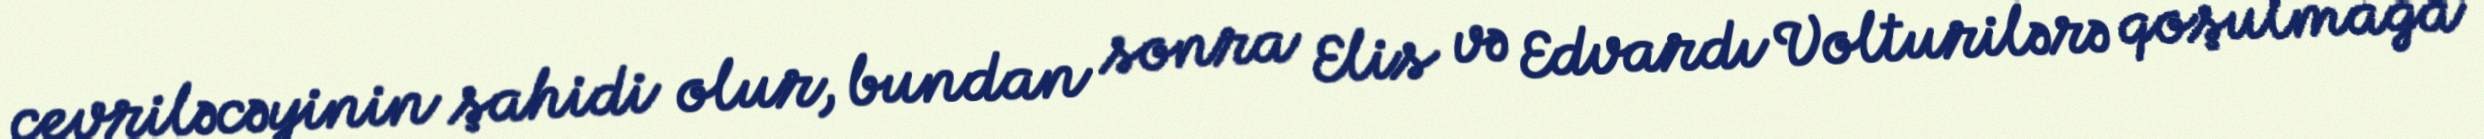
çevriləcəyinin şahidi olur, bundan sonra Elis və Edvardı Volturilərə qoşulmağa